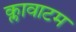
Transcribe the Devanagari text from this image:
क्लावाटम